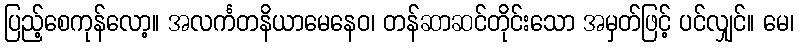
ပြည့်စေကုန်လော့။ အလင်္ကတနိယာမေနေဝ၊ တန်ဆာဆင်တိုင်းသော အမှတ်ဖြင့် ပင်လျှင်။ မေ၊